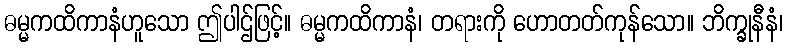
ဓမ္မကထိကာနံဟူသော ဤပါဌ်ဖြင့်။ ဓမ္မကထိကာနံ၊ တရားကို ဟောတတ်ကုန်သော။ ဘိက္ခုနီနံ၊